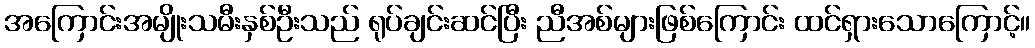
အကြောင်းအမျိုးသမီးနှစ်ဦးသည် ရုပ်ချင်းဆင်ပြီး ညီအစ်များဖြစ်ကြောင်း ထင်ရှားသောကြောင့်။